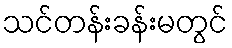
သင်တန်းခန်းမတွင်